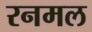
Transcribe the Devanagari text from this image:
रनमल